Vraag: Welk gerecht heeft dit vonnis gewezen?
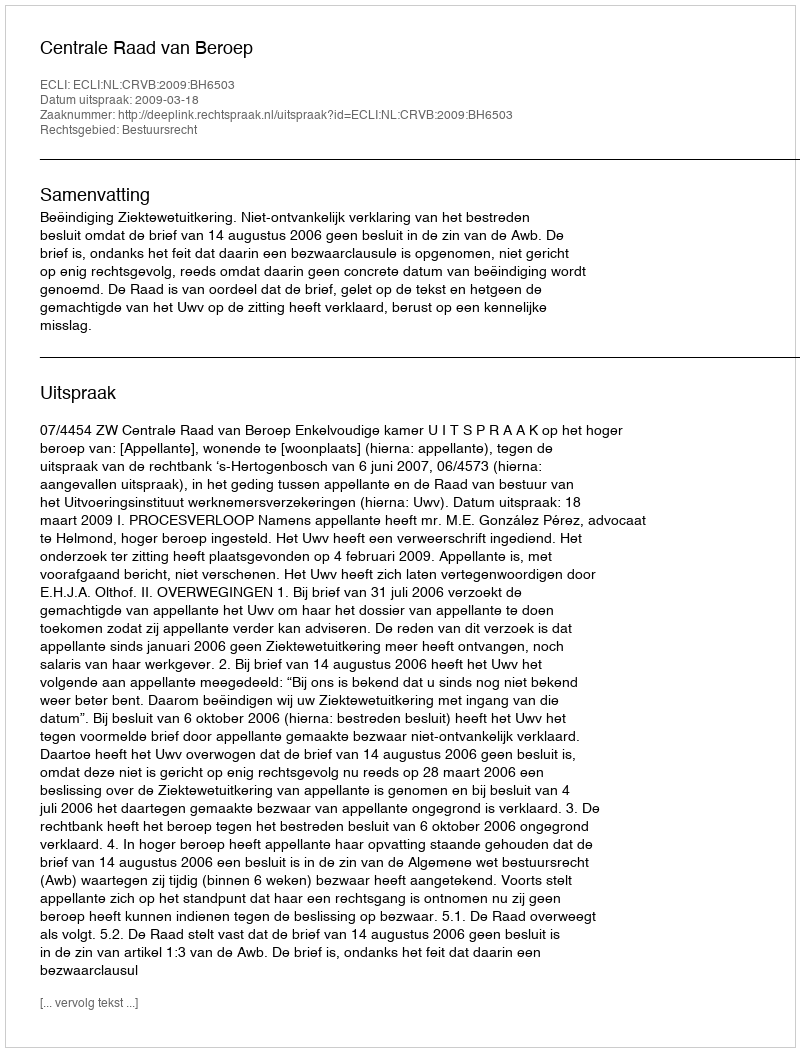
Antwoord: Centrale Raad van Beroep